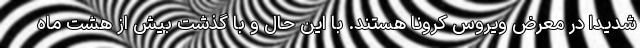
شدیدا در معرض ویروس کرونا هستند. با این حال و با گذشت بیش از هشت ماه